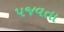
પજવતા